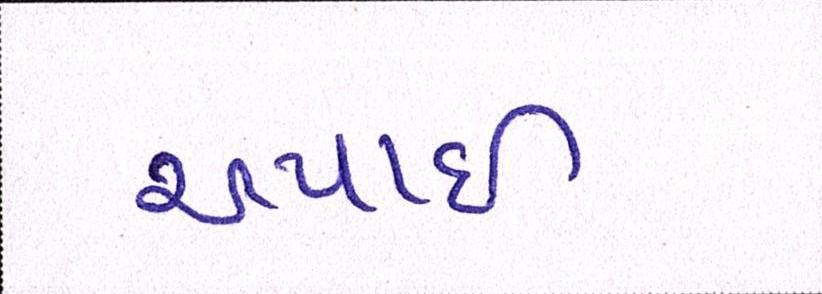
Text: અપાઇ